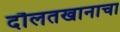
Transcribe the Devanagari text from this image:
दौलतखानाचा